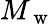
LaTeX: M_{\mathrm{~w~}}